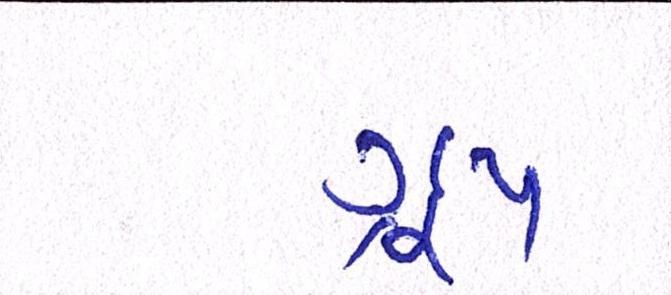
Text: ગ્રૂપ